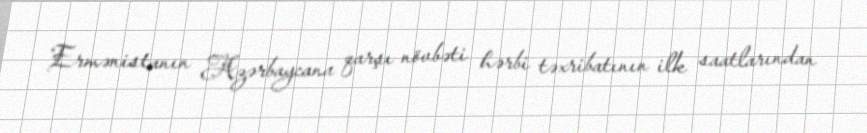
Ermənistanın Azərbaycana qarşı növbəti hərbi təxribatının ilk saatlarından